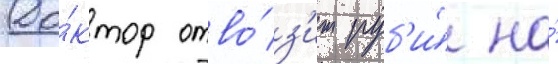
До́ктор отво́з'ит руб'и́ на́